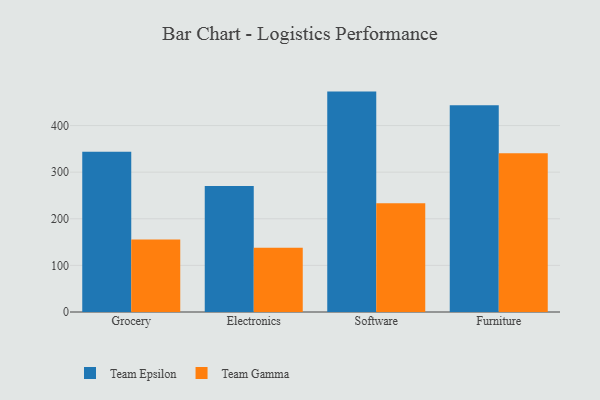
{"axis": {"x": "Category", "y": "Operating Costs (USD K)"}, "legend": ["Team Epsilon", "Team Gamma"], "data": [{"x": "Grocery", "y": 343.5, "type": "Team Epsilon"}, {"x": "Grocery", "y": 155.3, "type": "Team Gamma"}, {"x": "Electronics", "y": 270.3, "type": "Team Epsilon"}, {"x": "Electronics", "y": 137.7, "type": "Team Gamma"}, {"x": "Software", "y": 472.8, "type": "Team Epsilon"}, {"x": "Software", "y": 233.1, "type": "Team Gamma"}, {"x": "Furniture", "y": 443.4, "type": "Team Epsilon"}, {"x": "Furniture", "y": 340.8, "type": "Team Gamma"}]}